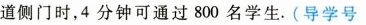
道侧门时，4分钟可通过800名学生。(导学号